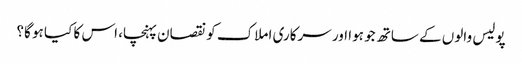
پولیس والوں کے ساتھ جو ہوا اور سرکاری املاک کو نقصان پہنچا، اس کا کیا ہو گا؟